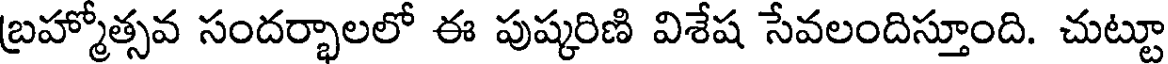
బ్రహ్మోత్సవ సందర్భాలలో ఈ పుష్కరిణి విశేష సేవలందిస్తూంది. చుట్టూ